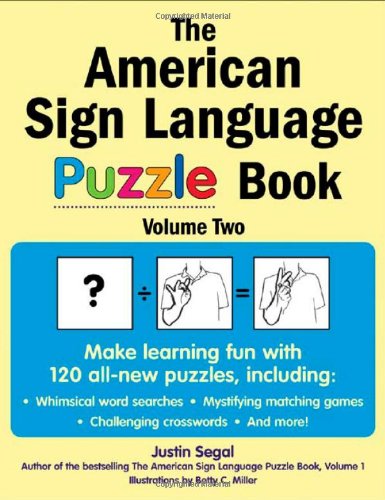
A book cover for The American Sign Language Puzzle Book Volume 2; Justin Segal; Reference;